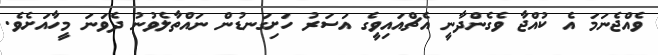
ވެއްޖެނަމަ އެ ކުއްޖާ ވެގެންދާނީ އެޗްއައިވީގެ އަސަރު ހަށިގަނޑުން ނައްތާލެވުނު ދެވަނަ މީހާއަށެވެ.